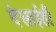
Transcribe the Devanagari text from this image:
देसाईही